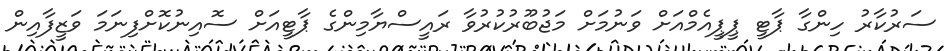
ސަރުކާރު ހިންގާ ޕާޓީ ޕީޕީއެމްއަށް ވަނުމަށް މަޖުބޫރުކުރުވާ ރައީސްޔާމިންގެ ޕާޓީއަށް ސޮއިނުކޮށްފިނަމަ ވަޒީފާއިން